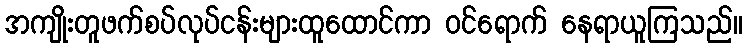
အကျိုးတူဖက်စပ်လုပ်ငန်းများထူထောင်ကာ ဝင်ရောက် နေရာယူကြသည်။